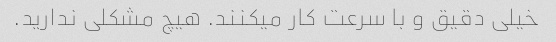
خیلی دقیق و با سرعت کار میکنند. هیچ مشکلی ندارید.